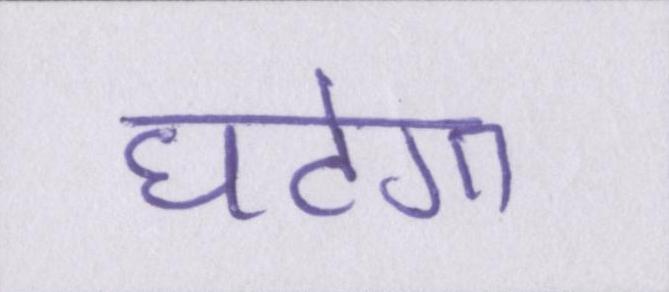
घटेगा